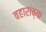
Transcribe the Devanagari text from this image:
बहाराच्या